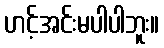
ဟင့်အင်းမပါပါဘူး။